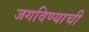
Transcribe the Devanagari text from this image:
जगविण्याची